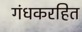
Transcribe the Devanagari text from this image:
गंधकरहित